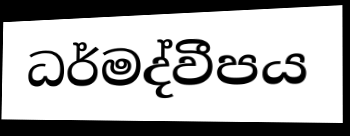
ධර්මද්වීපය